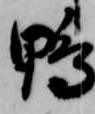
鴨